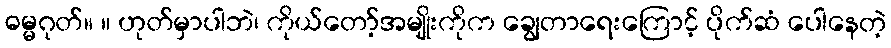
ဓမ္မဂုတ်။ ။ ဟုတ်မှာပါဘဲ၊ ကိုယ်တော့်အမျိုးကိုက ချွေတာရေးကြောင့် ပိုက်ဆံ ပေါနေတဲ့